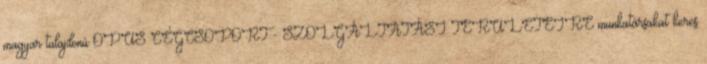
magyar tulajdonú OPUS CÉGCSOPORT - SZOLGÁLTATÁSI TERÜLETEIRE munkatársakat keres